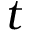
t